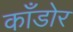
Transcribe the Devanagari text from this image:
काँडोर